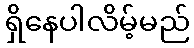
ရှိနေပါလိမ့်မည်